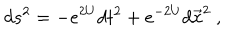
LaTeX: d s ^ { 2 } = - e ^ { 2 U } d t ^ { 2 } + e ^ { - 2 U } d \vec { x } ^ { 2 } \ ,